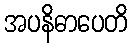
အပနိဓာပေတိ